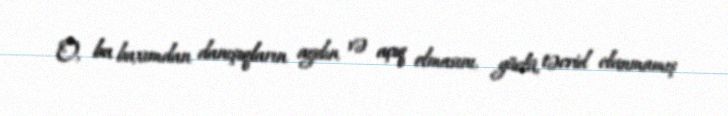
O, bu baxımdan danışıqların aydın və açıq olmasını, güclü, təcrid olunmamış